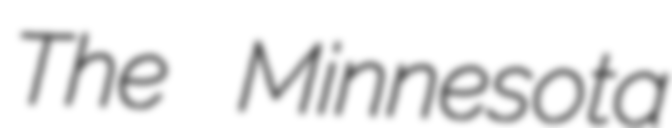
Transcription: The Minnesota